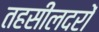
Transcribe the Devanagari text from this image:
तहसीलदरों